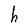
Character: h